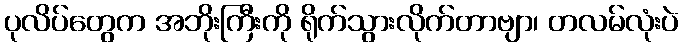
ပုလိပ်တွေက အဘိုးကြီးကို ရိုက်သွားလိုက်တာဗျာ၊ တလမ်လုံးပဲ